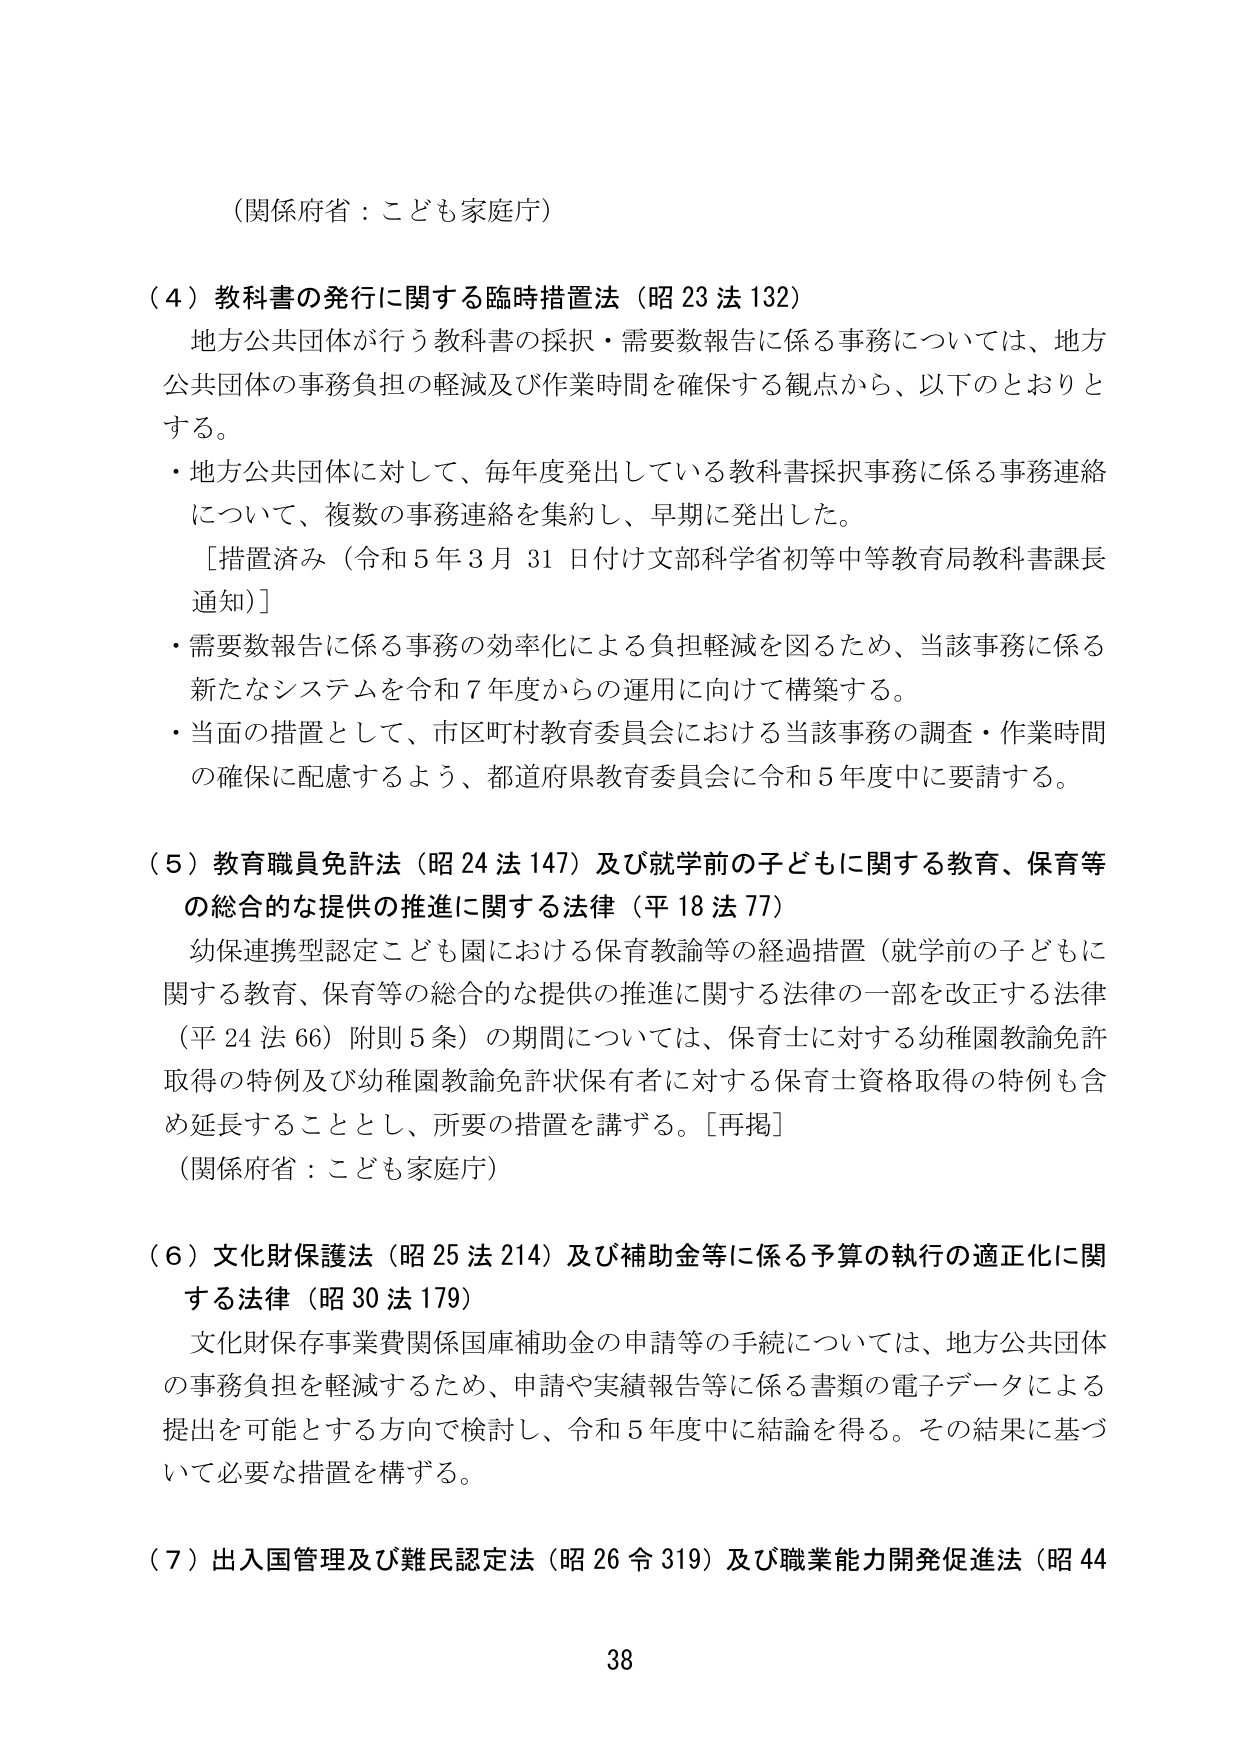
（関係府省：こども家庭庁）

（４）教科書の発行に関する臨時措置法（昭23法132）
　地方公共団体が行う教科書の採択・需要数報告に係る事務については、地方
公共団体の事務負担の軽減及び作業時間を確保する観点から、以下のとおりと
する。
・地方公共団体に対して、毎年度発出している教科書採択事務に係る事務連絡
について、複数の事務連絡を集約し、早期に発出した。
　［措置済み（令和5年3月31日付け文部科学省初等中等教育局教科書課長
通知）］
・需要数報告に係る事務の効率化による負担軽減を図るため、当該事務に係る
新たなシステムを令和7年度からの運用に向けて構築する。
・当面の措置として、市区町村教育委員会における当該事務の調査・作業時間
の確保に配慮するよう、都道府県教育委員会に令和5年度中に要請する。

（５）教育職員免許法（昭24法147）及び就学前の子どもに関する教育、保育等
の総合的な提供の推進に関する法律（平18法77）
　幼保連携型認定こども園における保育教諭等の経過措置（就学前の子どもに
関する教育、保育等の総合的な提供の推進に関する法律の一部を改正する法律
（平24法66）附則5条）の期間については、保育士に対する幼稚園教諭免許
取得の特例及び幼稚園教諭免許状保有者に対する保育士資格取得の特例も含
め延長することとし、所要の措置を講ずる。［再掲］
（関係府省：こども家庭庁）

（６）文化財保護法（昭25法214）及び補助金等に係る予算の執行の適正化に関
する法律（昭30法179）
　文化財保存事業費関係国庫補助金の申請等の手続については、地方公共団体
の事務負担を軽減するため、申請や実績報告等に係る書類の電子データによる
提出を可能とする方向で検討し、令和5年度中に結論を得る。その結果に基づ
いて必要な措置を構ずる。

（７）出入国管理及び難民認定法（昭26令319）及び職業能力開発促進法（昭44

38